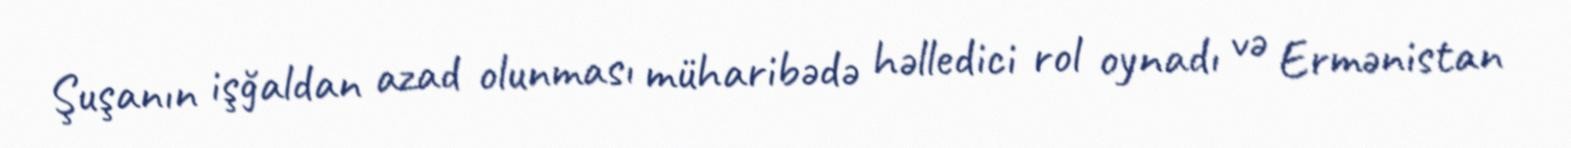
Şuşanın işğaldan azad olunması müharibədə həlledici rol oynadı və Ermənistan